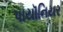
પાયૉનિયર